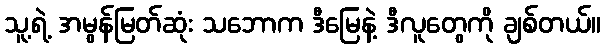
သူ့ရဲ့ အမွန်မြတ်ဆုံး သဘောက ဒီမြေနဲ့ ဒီလူတွေကို ချစ်တယ်။